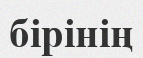
бірінің